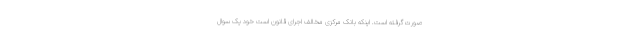
صورت گرفته است. اینکه بانک مرکزی مخالف اجرای قانون است خود یک سوال